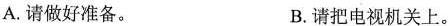
A.请做好准备。 B.请把电视机关上。